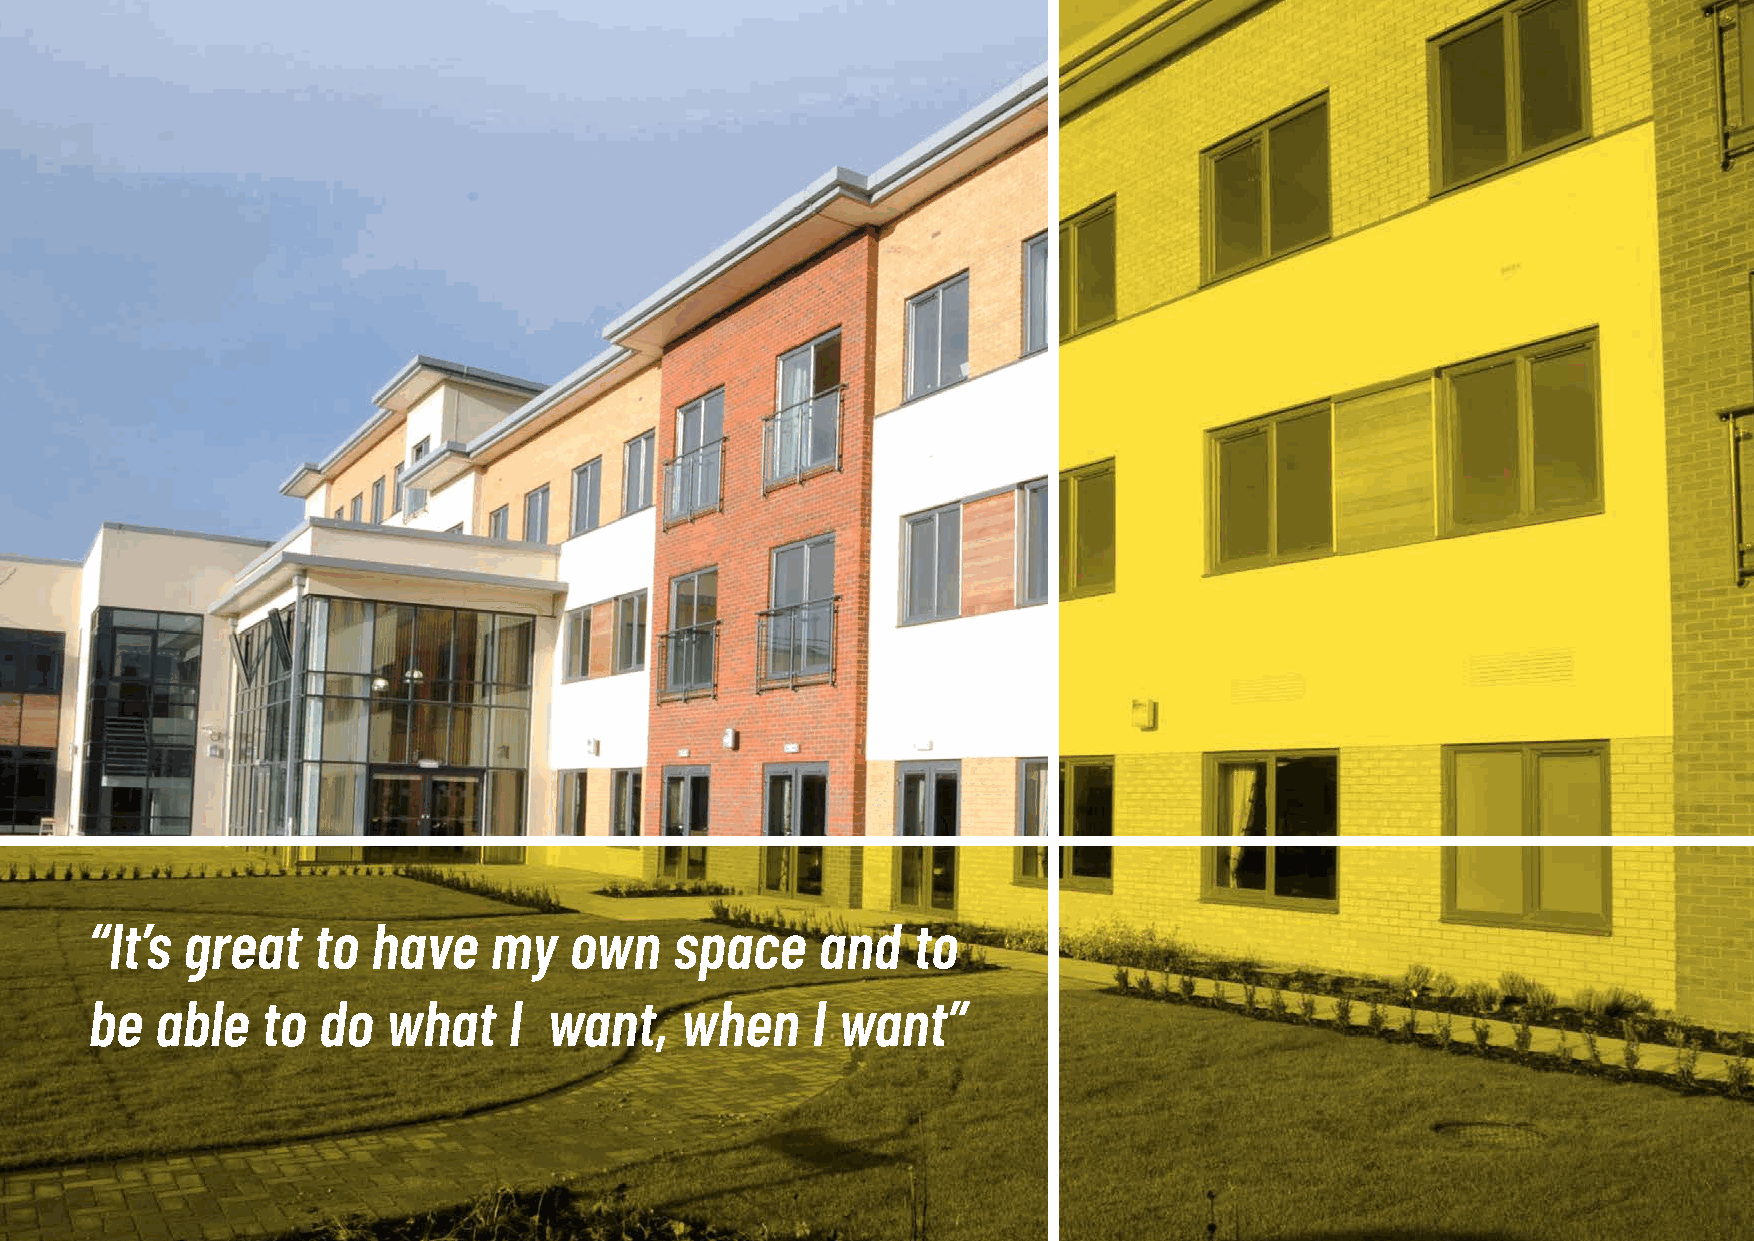
“It’s great    to  have   my    own    space    and   to
 be  able   to  do   what    I want,    when     I want”